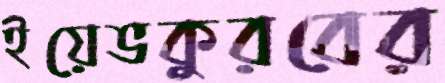
ইয়েভকুরবের